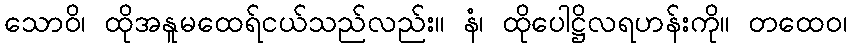
သောဝိ၊ ထိုအနူမထေရ်ငယ်သည်လည်း။ နံ၊ ထိုပေါဋ္ဌိလရဟန်းကို။ တထေဝ၊